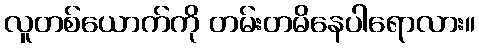
လူတစ်ယောက်ကို တမ်းတမိနေပါရောလား။